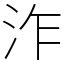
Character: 泎